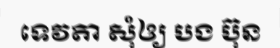
ទេវតា សុំឲ្យ បង ប៊ុន